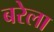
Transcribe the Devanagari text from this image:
बरेला